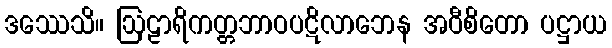
ဒဿေသိ။ ဩဠာရိကတ္တဘာဝပဋိလာဘေန အဝီစိတော ပဋ္ဌာယ